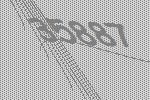
35887